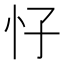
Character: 𱞀